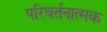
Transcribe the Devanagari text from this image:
परिवर्तनात्मक